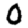
Digit: 0